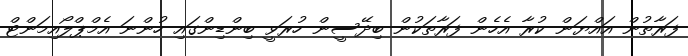
ފަރާތުން އައްޔަން ކުރާ އެހެން ފަރާތަކުން ބިދޭސީން ހުރަވީ ބިންޑިންގައި ހުންނަ އެމްޕްލޯއިމަންޓް